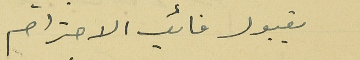
بقبول فائق الاحترام